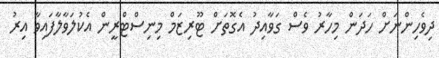
ދިވެހިންނަށް ހަދަން މިހާރު ވެސް ގަވާއިދު އެގޮތަށް ޓޫރިޒަމް މިނިސްްޓްރީން އެކުލަވާލާފައިވާ އިރު